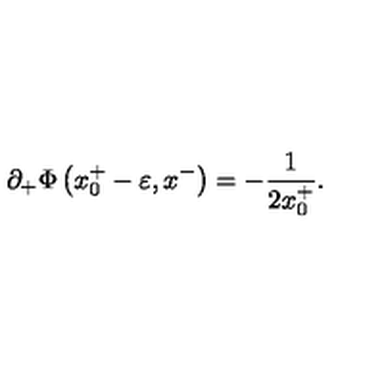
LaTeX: \partial _ { + } \Phi \left( x _ { 0 } ^ { + } - \varepsilon , x ^ { - } \right) = - { \frac { 1 } { 2 x _ { 0 } ^ { + } } } .